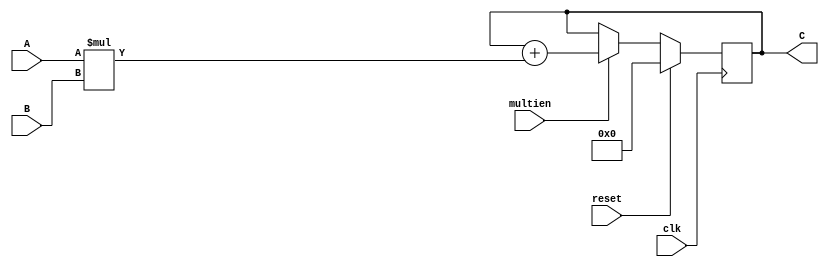
`timescale 1ns / 1ps
//////////////////////////////////////////////////////////////////////////////////
// Company: 
// Engineer: 
// 
// Design Name: 
// Module Name: Multiplicador
// Project Name: 
// Target Devices: 
// Tool Versions: 
// Description: 
// 
// Dependencies: 
// 
// Revision:
// Revision 0.01 - File Created
// Additional Comments:
// 
//////////////////////////////////////////////////////////////////////////////////


module Multiplicador(A,B,C, multien, reset, clk);
input [3:0]A,B;
input clk,multien,reset;
output reg [15:0]C =0;
always@(posedge clk) begin
    if(reset)begin
    C <=0;
    end
    else if(multien)begin
    C <= C + (A*B);
    end
    else begin
    C <= C;
    end
end
endmodule